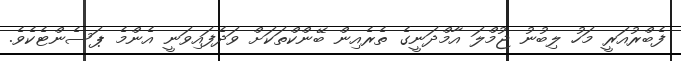
ފެބްރުއަރީ މަހު ލިބުނު ޖުމްލަ އާމްދަނީގެ ތެރެއިން ބޭންކްތަކަށް ވަދެފައިވަނީ އެންމެ ޕަސެންޓެކެވެ.